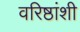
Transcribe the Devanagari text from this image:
वरिष्ठांशी